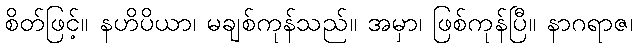
စိတ်ဖြင့်။ နဟိပိယာ၊ မချစ်ကုန်သည်။ အမှာ၊ ဖြစ်ကုန်ပြီ။ နာဂရာဇ၊